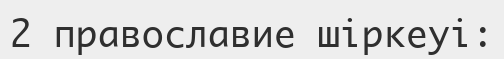
2 православие шіркеуі: